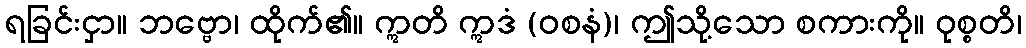
ရခြင်းငှာ။ ဘဗ္ဗော၊ ထိုက်၏။ ဣတိ ဣဒံ (ဝစနံ)၊ ဤသို့သော စကားကို။ ဝုစ္စတိ၊